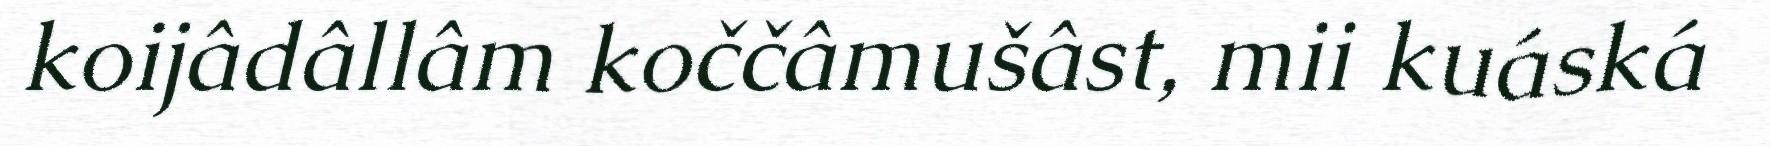
koijâdâllâm koččâmušâst, mii kuáská